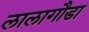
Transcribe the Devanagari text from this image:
लालागौडा